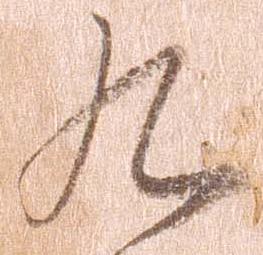
九